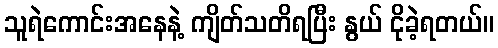
သူရဲကောင်းအနေနဲ့ ကျိတ်သတိရပြီး နွယ် ငိုခဲ့ရတယ်။